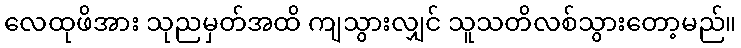
လေထုဖိအား သုညမှတ်အထိ ကျသွားလျှင် သူသတိလစ်သွားတော့မည်။